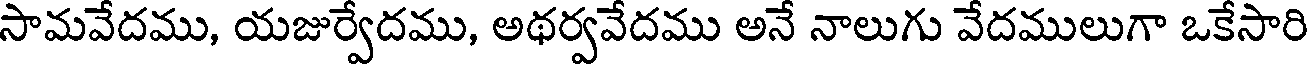
సామవేదము, యజుర్వేదము, అథర్వవేదము అనే నాలుగు వేదములుగా ఒకేసారి